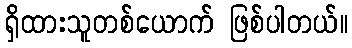
ရှိထားသူတစ်ယောက် ဖြစ်ပါတယ်။